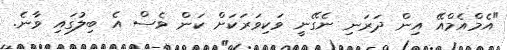
"އެމްއެމްއޭ އިން ދަރަނި ނެގޭނީ ވަކިވަރަކަށް ކަން ވެސް އެ ބިލުގައި ވާނެ.